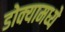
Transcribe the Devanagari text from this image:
डोक्यामध्ये